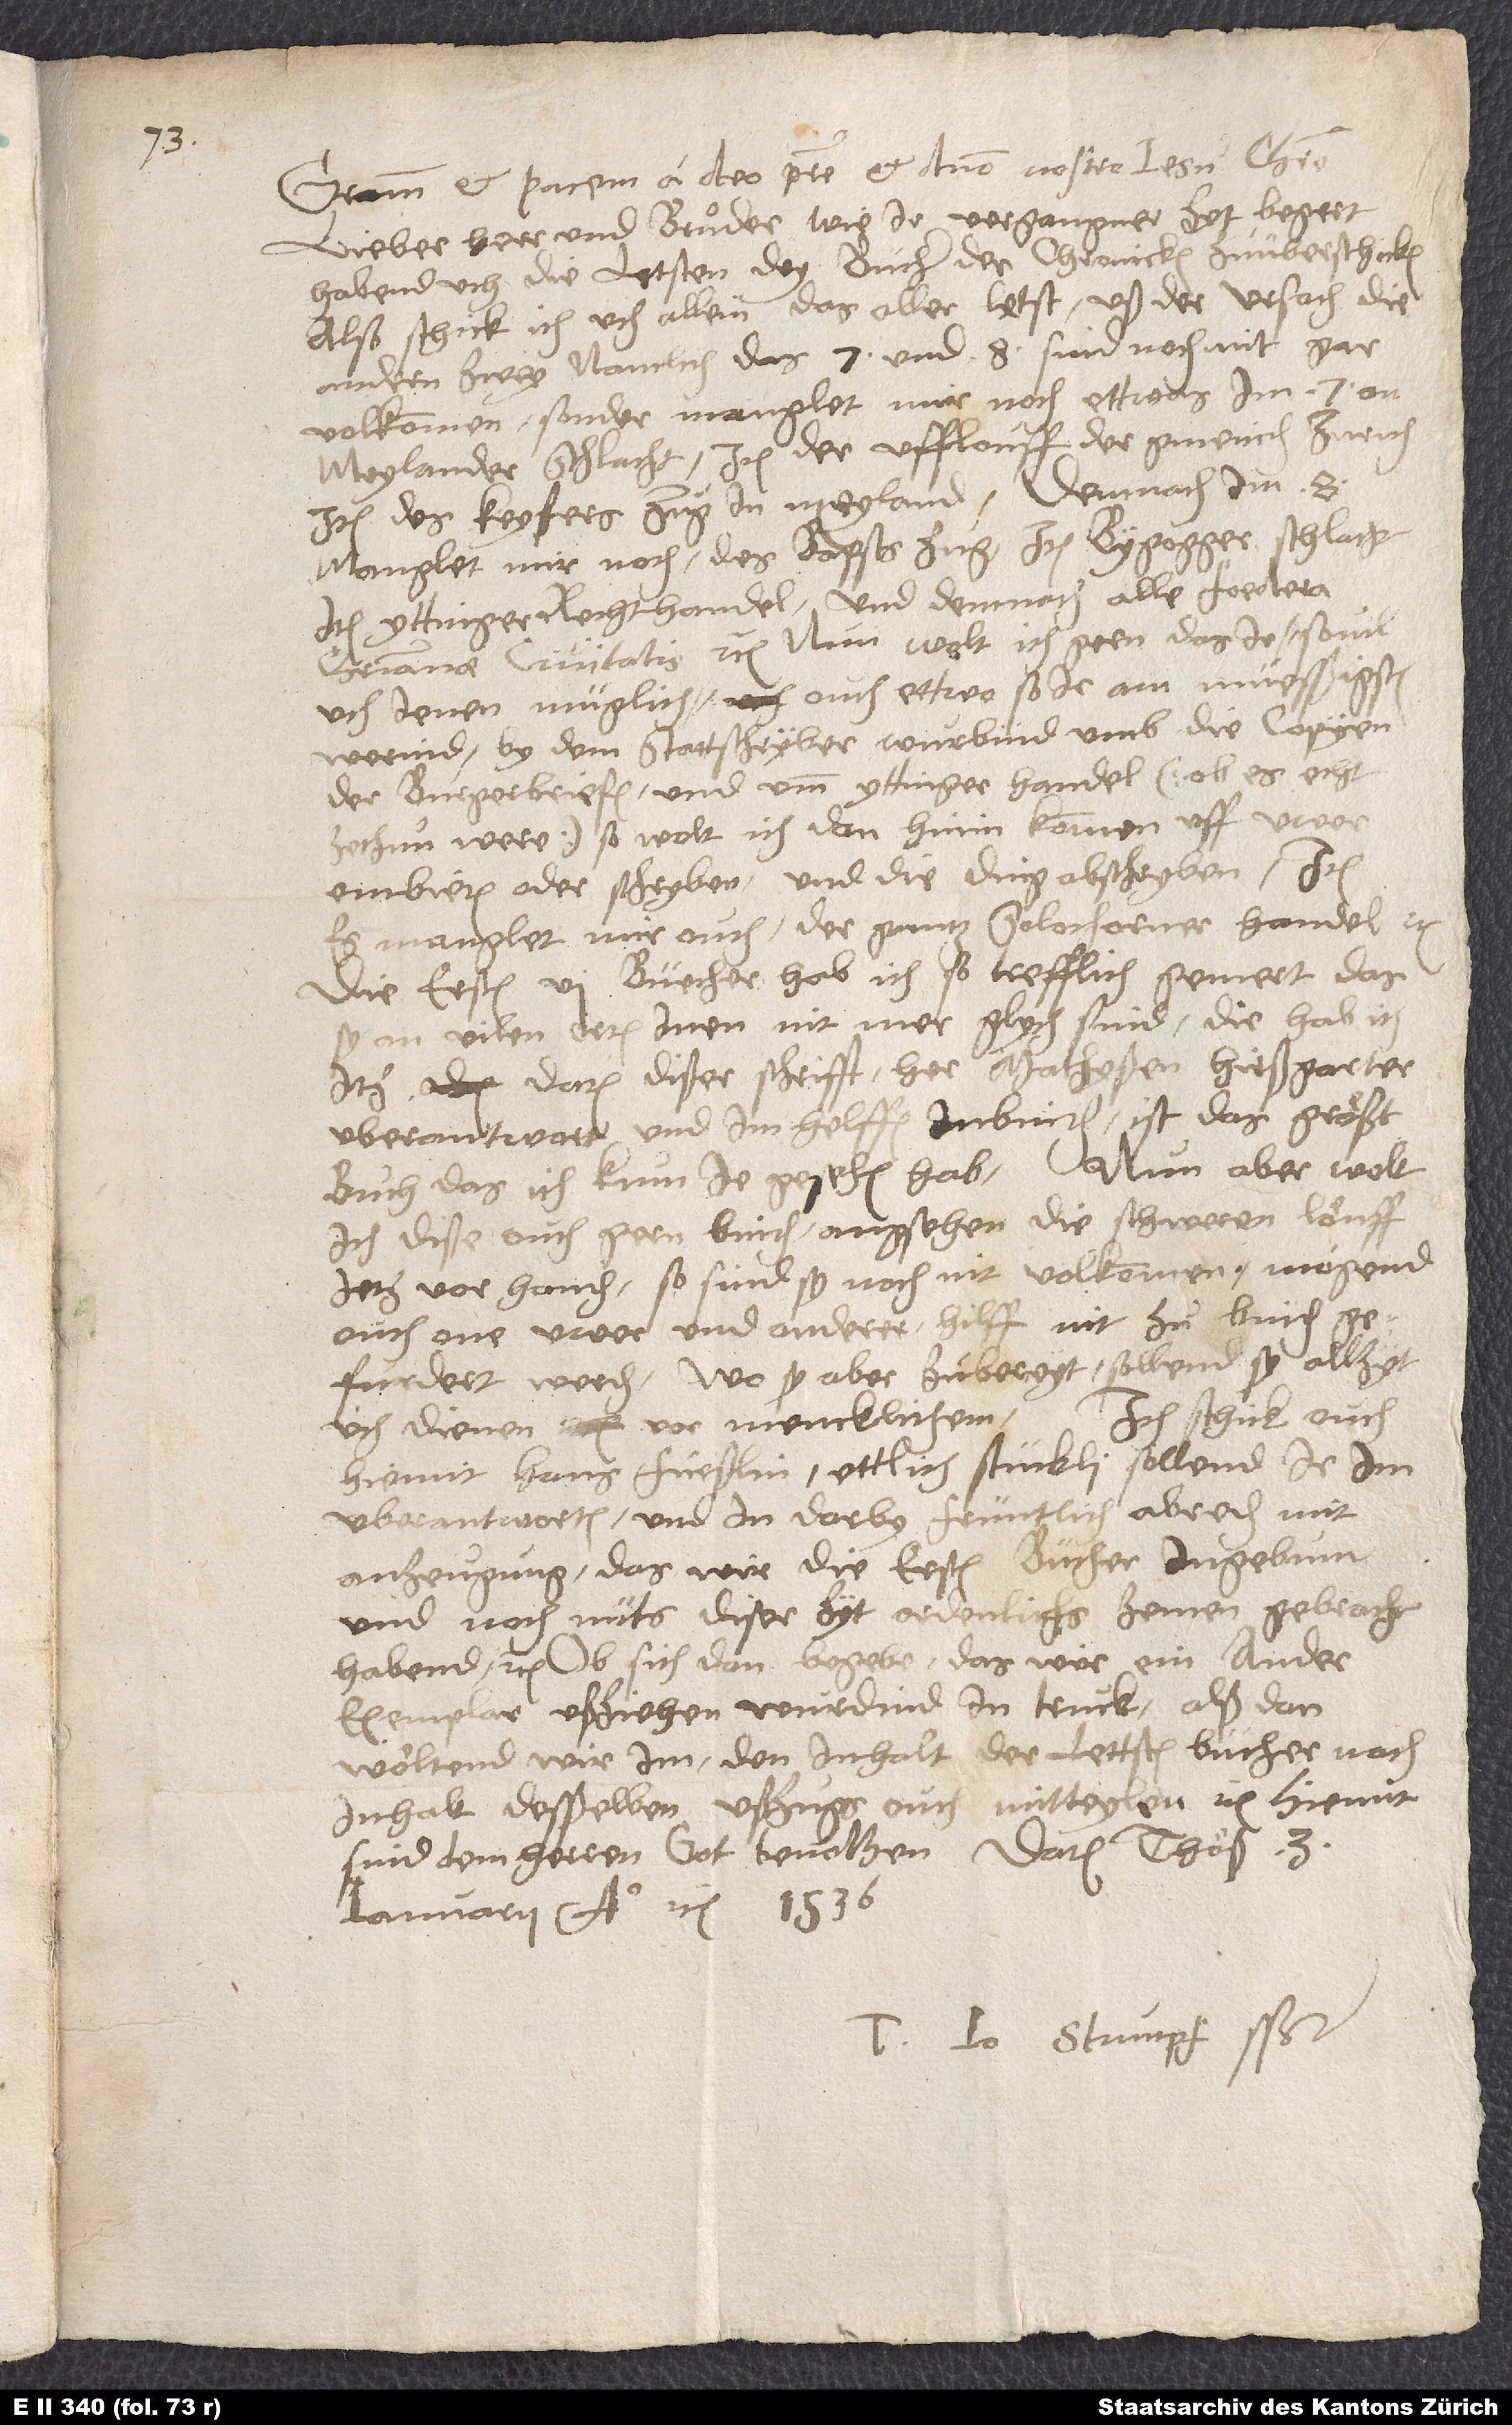
Gratiam et pacem a deo patre et domino nostro Iesu Christo.
Lieber herr und bruͦder, wie ir vergangner zyt begert
habend, uch die letsten dry bücher der chronicken zuüberschicken,
also schick ich uch allein das aller letst, uß der ursach, die
andern zwey, namlich das 7. und 8., sind noch nit gar
volkommen, sonder manglet mir noch ettwas: Im 7. an
Meylander schlacht, item der ufflouff der gmeinden Zurich,
item des keysers zug in Meyland. Demnach im 8.
manglet mir noch des bapsts zug, item Bygogger schlacht,
item Yttinger rechthandel und demnach alle foedera
christianae civitatis etc. Nun wolt ich gern, das ir, sovil
uch jenen müglich, ouch ettwo, so ir am müesssigsten
werind, by dem stattschryber wurbind umb die copyen
der burgerbriefen und umm Yttinger handel (ob es echt
zethun were), so wolt ich dan hinin kommen uff uwer
embieten oder schryben und die ding abschryben. Item
es manglet mir ouch der gantz Solothorner handel etc.
Die ersten 6 büecher hab ich so trefflich gemert, das
sy an vilen orten inen nit mer glych sind. Die hab ich
itz, datum disser schrifft, her Mathyssen Hirssgarter
uberantwort und im helffen inbinden. Ist das grösst
buch, das ich kum je gesehen hab. Nun aber wolt
ich disse ouch gern binden; angsehen die schweren löuff
jetz vor handen, so sind sy noch nit volkommen, mogend
ouch one uwer und anderer hilff nit zu binden
gefurdert werden. Wo si aber zubereyt, sollend sy allzyt
uch dienen vor mencklichem. Ich schick ouch
hiemit Hans Fuesslin ettlich stückli. Sollend ir im
uberantworten und in darby früntlich abreden, mit
anzeugung, das wir die ersten bücher ingebunden
und noch nüts diser zyt ordenlichs zemen gebracht
habend etc. Ob sich dan begebe, das wir ein ander
exemplar ussziehen wurdind in truck, alß dan
wöltend wir im den inhalt der lettsten bücher, nach
inhalt desßelben ußzugs, ouch mitteylen etc. Hiemit
sind dem herren got bevolhen. Datum Thöß, 3.
ianuarii anno etc. 1536.
Tuus Io. Stumpf